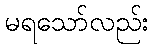
မရသော်လည်း